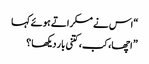
“اس نے مسکراتے ہوئے کہا
” اچھا، کب، کتنی بار دیکھا ؟